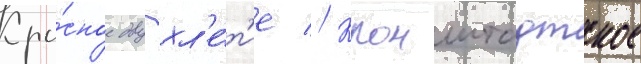
Кра́сное двухл'е́т'ие // Кронштадтское